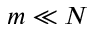
m \ll N